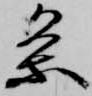
条